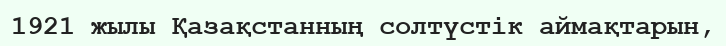
1921 жылы Қазақстанның солтүстік аймақтарын,